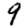
Digit: 9